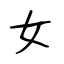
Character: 女